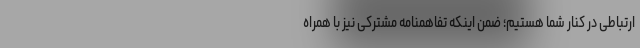
ارتباطی در کنار شما هستیم؛ ضمن اینکه تفاهمنامه مشترکی نیز با همراه